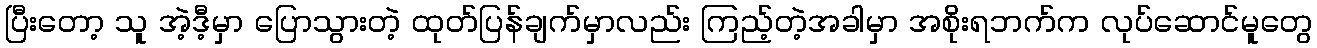
ပြီးတော့ သူ အဲ့ဒီ့မှာ ပြောသွားတဲ့ ထုတ်ပြန်ချက်မှာလည်း ကြည့်တဲ့အခါမှာ အစိုးရဘက်က လုပ်ဆောင်မူတွေ